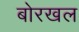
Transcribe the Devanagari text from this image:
बोरखल